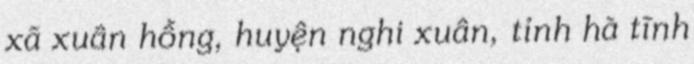
xã xuân hồng, huyện nghi xuân, tỉnh hà tĩnh